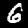
Label: 6